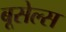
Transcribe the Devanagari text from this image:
बूसेल्स